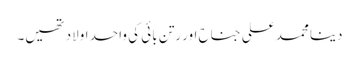
دینا محمد علی جناح اور رتن بائی کی واحد اولاد تھیں۔